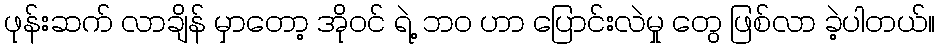
ဖုန်းဆက် လာချိန် မှာတော့ အိုဝင် ရဲ့ ဘ၀ ဟာ ပြောင်းလဲမှု တွေ ဖြစ်လာ ခဲ့ပါတယ်။